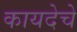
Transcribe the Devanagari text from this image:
कायदेचे